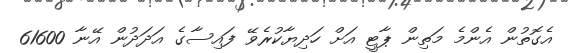
އެގޮތުން އެންމެ މަތިން ޕާޓީ އަށް ހަދިޔާކުރެވޭ ފައިސާގެ އަދަދުން އޭނާ 61600